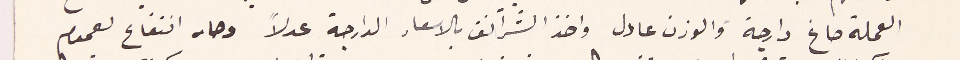
العملة صاغ دارجة والوزن عادل واخذ الشرانق بالاسعار الدارجة عدلاً وصار انتفاع لعموم